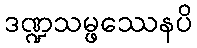
ဒဏ္ဍသမ္ဖဿေနပိ